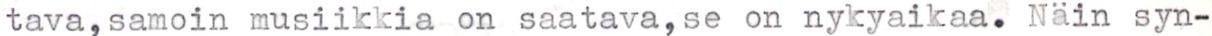
tava,samoin musiikkia on saatava,se on nykyaikaa. Näin syn-